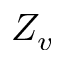
Z _ { v }